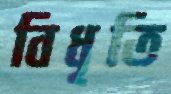
বিধৃতি